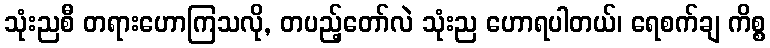
သုံးညစီ တရားဟောကြသလို, တပည့်တော်လဲ သုံးည ဟောရပါတယ်၊ ရေစက်ချ ကိစ္စ